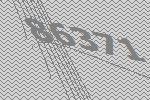
86371